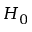
H _ { 0 }